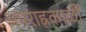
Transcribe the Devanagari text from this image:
अपराह्नकाळीं